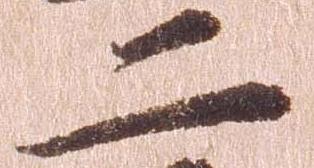
二